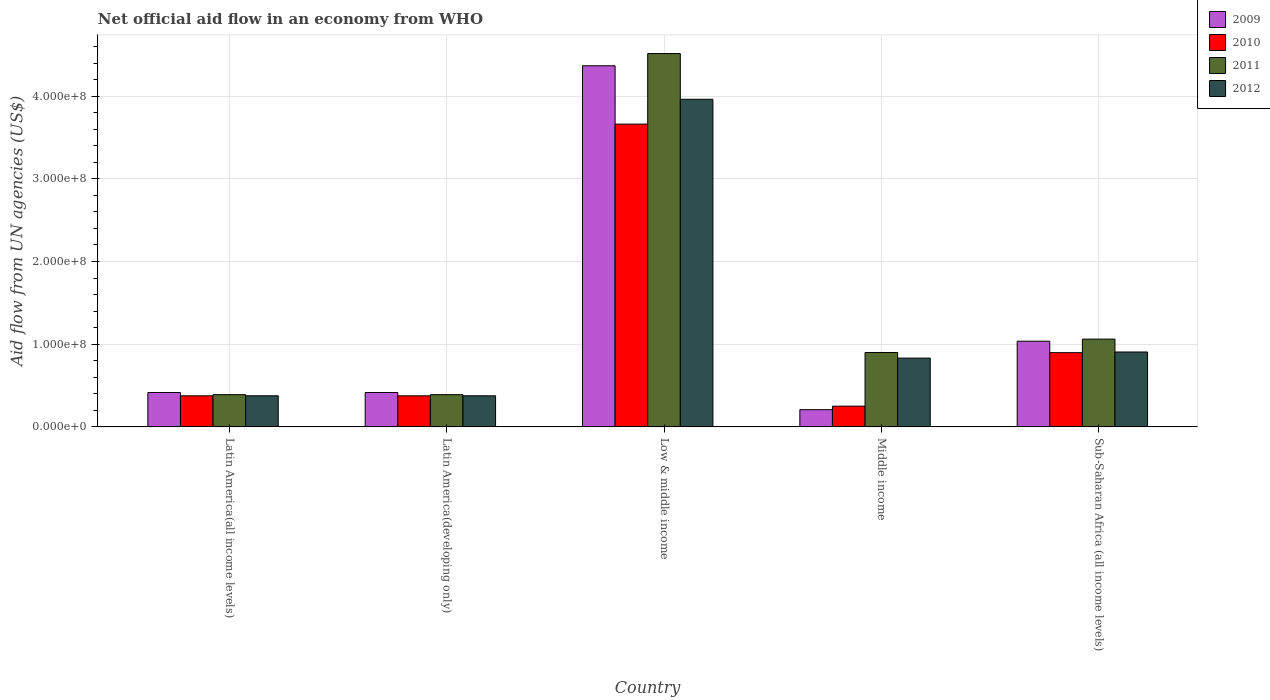
| Country | 2009 | 2010 | 2011 | 2012 |
 | --- | --- | --- | --- | --- |
 | Latin America(all income levels) | 4.16e+07 | 3.76e+07 | 3.9e+07 | 3.76e+07 |
 | Latin America(developing only) | 4.16e+07 | 3.76e+07 | 3.9e+07 | 3.76e+07 |
 | Low & middle income | 4.37e+08 | 3.66e+08 | 4.52e+08 | 3.96e+08 |
 | Middle income | 2.08e+07 | 2.51e+07 | 9e+07 | 8.32e+07 |
 | Sub-Saharan Africa (all income levels) | 1.04e+08 | 8.98e+07 | 1.06e+08 | 9.06e+07 |